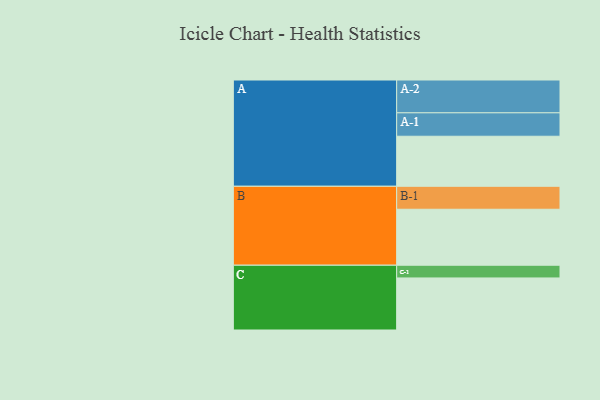
{"axis": {"x": "Segment", "y": "Value"}, "legend": ["", "A", "B", "C"], "data": [{"x": "A", "y": 346, "type": ""}, {"x": "B", "y": 387, "type": ""}, {"x": "C", "y": 360, "type": ""}, {"x": "A-1", "y": 162, "type": "A"}, {"x": "A-2", "y": 227, "type": "A"}, {"x": "B-1", "y": 159, "type": "B"}, {"x": "C-1", "y": 88, "type": "C"}]}